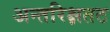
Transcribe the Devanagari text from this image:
अन्तरिक्षतट